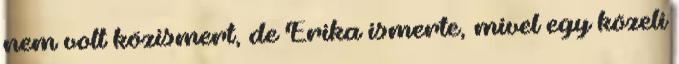
nem volt közismert, de Erika ismerte, mivel egy közeli